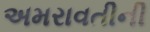
અમરાવતીની